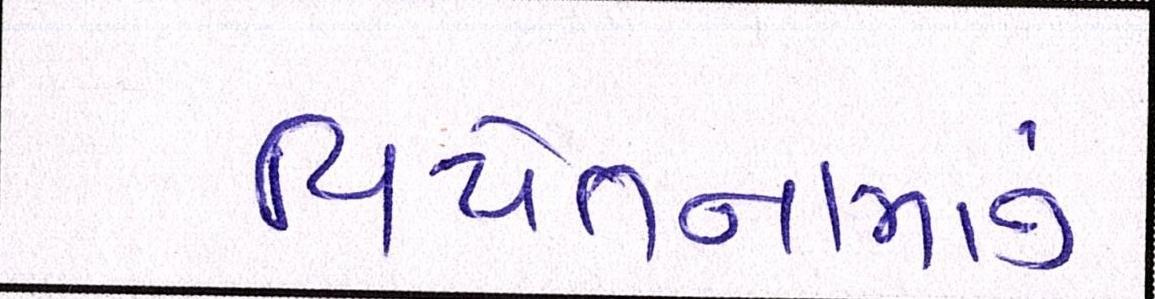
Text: વિયેતનામનું